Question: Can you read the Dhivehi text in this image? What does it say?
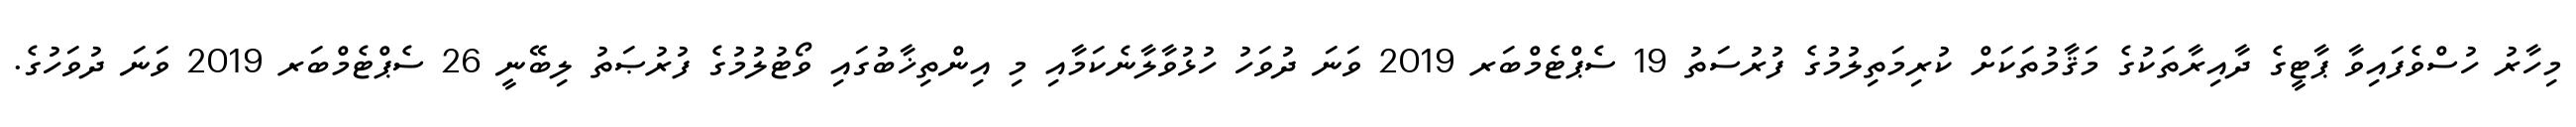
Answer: މިހާރު ހުސްވެފައިވާ ޕާޓީގެ ދާއިރާތަކުގެ މަޤާމުތަކަށް ކުރިމަތިލުމުގެ ފުރުސަތު 19 ސެޕްޓެމްބަރ 2019 ވަނަ ދުވަހު ހުޅުވާލާނެކަމާއި މި އިންތިޚާބުގައި ވޯޓުލުމުގެ ފުރުޞަތު ލިބޭނީ 26 ސެޕްޓެމްބަރ 2019 ވަނަ ދުވަހުގެ.